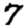
Digit: 7